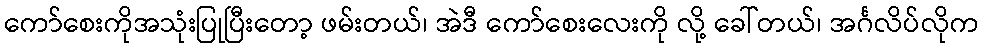
ကော်စေးကိုအသုံးပြုပြီးတော့ ဖမ်းတယ်၊ အဲဒီ ကော်စေးလေးကို လို့ ခေါ်တယ်၊ အင်္ဂလိပ်လိုက